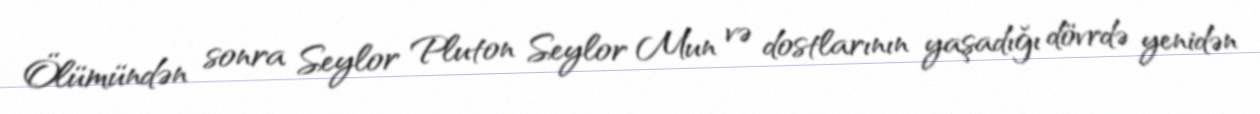
Ölümündən sonra Seylor Pluton Seylor Mun və dostlarının yaşadığı dövrdə yenidən